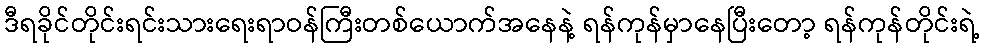
ဒီရခိုင်တိုင်းရင်းသားရေးရာဝန်ကြီးတစ်ယောက်အနေနဲ့ ရန်ကုန်မှာနေပြီးတော့ ရန်ကုန်တိုင်းရဲ့